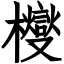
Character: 㰔